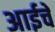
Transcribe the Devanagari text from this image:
अाईचे